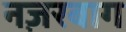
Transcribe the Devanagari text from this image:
नज़रबाग